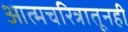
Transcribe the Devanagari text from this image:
आत्मचरित्रातूनही